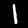
Digit: 1